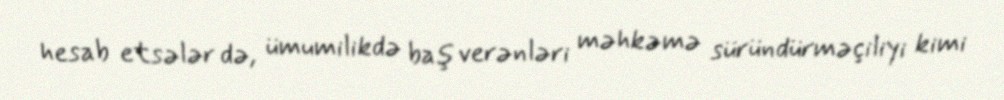
hesab etsələr də, ümumilikdə baş verənləri məhkəmə süründürməçiliyi kimi